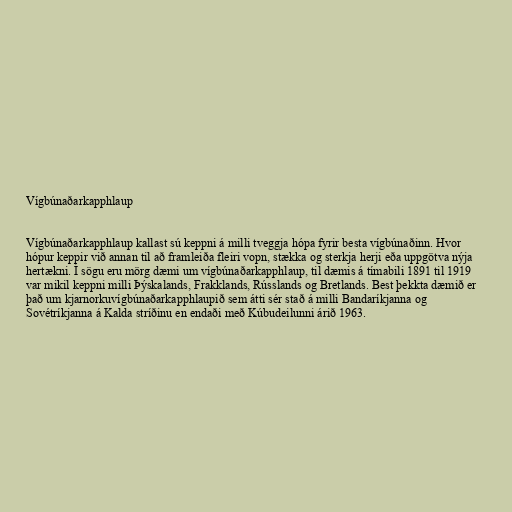
Vígbúnaðarkapphlaup

Vígbúnaðarkapphlaup kallast sú keppni á milli tveggja hópa fyrir besta vígbúnaðinn. Hvor
hópur keppir við annan til að framleiða fleiri vopn, stækka og sterkja herji eða uppgötva nýja
hertækni. Í sögu eru mörg dæmi um vígbúnaðarkapphlaup, til dæmis á tímabili 1891 til 1919
var mikil keppni milli Þýskalands, Frakklands, Rússlands og Bretlands. Best þekkta dæmið er
það um kjarnorkuvígbúnaðarkapphlaupið sem átti sér stað á milli Bandaríkjanna og
Sovétríkjanna á Kalda stríðinu en endaði með Kúbudeilunni árið 1963.